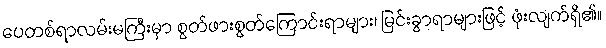
ပေတစ်ရာလမ်းမကြီးမှာ စွတ်ဖားစွတ်ကြောင်းရာများ၊ မြင်းခွာရာများဖြင့် ဖုံးလျက်ရှိ၏။